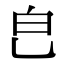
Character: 𤼾